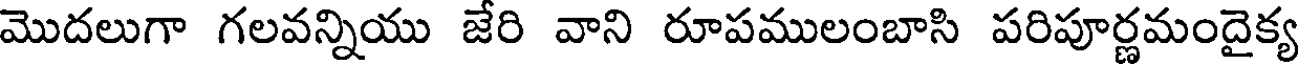
మొదలుగా గలవన్నియు జేరి వాని రూపములంబాసి పరిపూర్ణమందైక్య